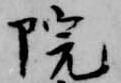
院